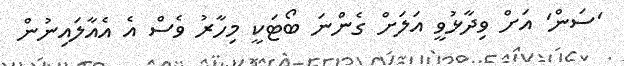
'ސަން' އަށް ވިދާޅުވީ އަލަށް ގެންނަ ބޯޓަކީ މިހާރު ވެސް އެ އެއާލައިނުން